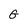
Character: G